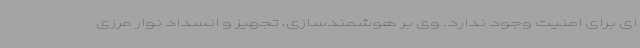
ای برای امنیت وجود ندارد. وی بر هوشمندسازی، تجهیز و انسداد نوار مرزی